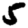
Digit: 5